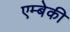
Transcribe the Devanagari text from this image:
एम्बेकी